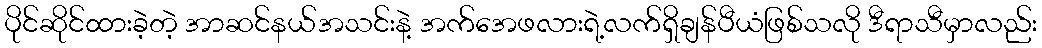
ပိုင်ဆိုင်ထားခဲ့တဲ့ အာဆင်နယ်အသင်းနဲ့ အက်အေဖလားရဲ့လက်ရှိချန်ပီယံဖြစ်သလို ဒီရာသီမှာလည်း